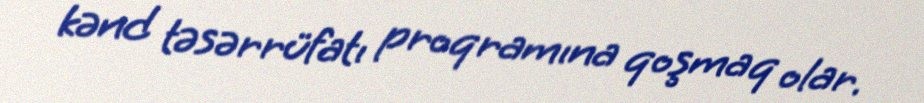
kənd təsərrüfatı proqramına qoşmaq olar.